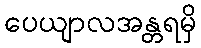
ပေယျာလအန္တရမှိ